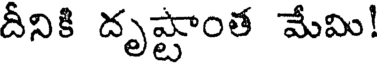
దీనికి దృష్టాంత మేమి!